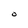
Character: O